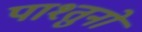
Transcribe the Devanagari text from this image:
पाश्तुनों